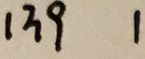
1 3 9 1